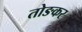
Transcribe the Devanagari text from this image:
तोङकर